Indian Civil Veterinary Department memoirs
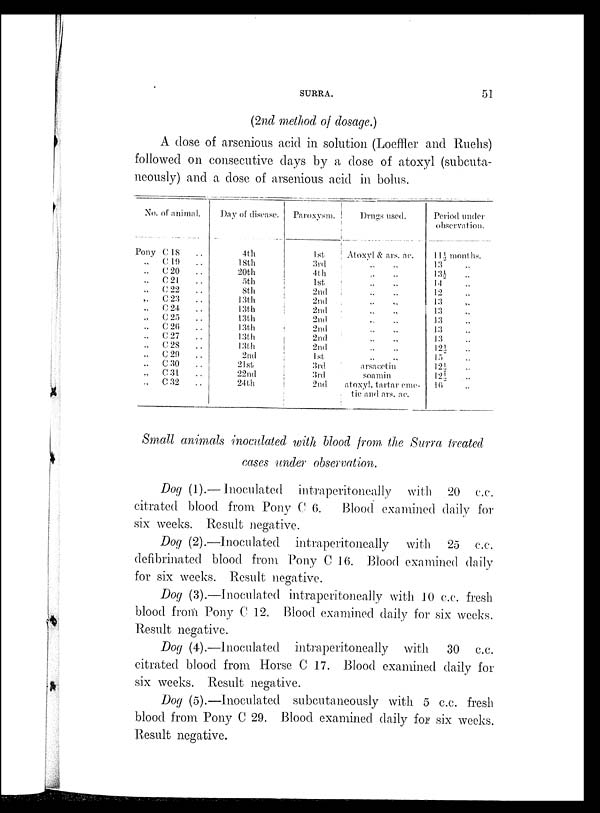
SURRA.
51
(2nd method of dosage.)
A dose of arsenious acid in solution (Loeffler and Ruehs)
followed on consecutive days by a dose of atoxyl (subcuta-
neously) and a dose of arsenious acid in bolus.
No. of animal.
Pony C 18 ..
„ C 19 ..
„ C 20 ..
„ C 21 ..
„ C 22 ..
„ C 23 ..
„ C 24 ..
„ C 25 ..
„ C 26 ..
„ C 27 ..
„ C 28 ..
„ C 29 ..
„ C 30 ..
„ C 31 ..
„ C 32 ..
Day of disease.
4th
18th
20th
5th
8th
13th
13th
13th
13th
13th
13th
2nd
21st
22nd
24th
Paroxysm.
1st
3rd
4th
1st
2nd
2nd
2nd
2nd
2nd
2nd
2nd
1st
3rd
3rd
2nd
Drugs used.
Atoxyl & ars. ac.
„ „
„ „
„ „
„ „
„ „
.. „
„ „
„ „
„ „
„ „
arsacetin
soamin
atoxyl, tartar eme-
tic and ars. ac.
Period under
observation.
11½ months.
13 „
13½ „
14 „
12 „
13 „
13 „
13 „
13 „
13 „
12½ „
15 „
12½ „
12½ „
16 „
Small animals inoculated with blood from the Surra treated
cases under observation.
Dog (1).— Inoculated intraperitoncally with 20 c.c.
citrated blood from Pony C 6. Blood examined daily for
six weeks. Result negative.
Dog (2).—Inoculated intraperitoneally with 25 c.c.
defibrinated blood from Pony C 16. Blood examined daily
for six weeks. Result negative.
Dog (3).—Inoculated intraperitoneally with 10 c.c. fresh
blood from Pony C 12. Blood examined daily for six weeks.
Result negative.
Dog (4).—Inoculated intraperitoneally with 30 c.c.
citrated blood from Horse C 17. Blood examined daily for
six weeks. Result negative.
Dog (5).—Inoculated subcutaneously with 5 c.c. fresh
blood from Pony C 29. Blood examined daily for six weeks.
Result negative.